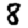
Digit: 8